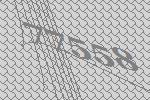
77558